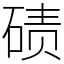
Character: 碛